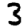
Digit: 3